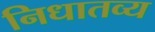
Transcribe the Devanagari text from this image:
निधातव्य